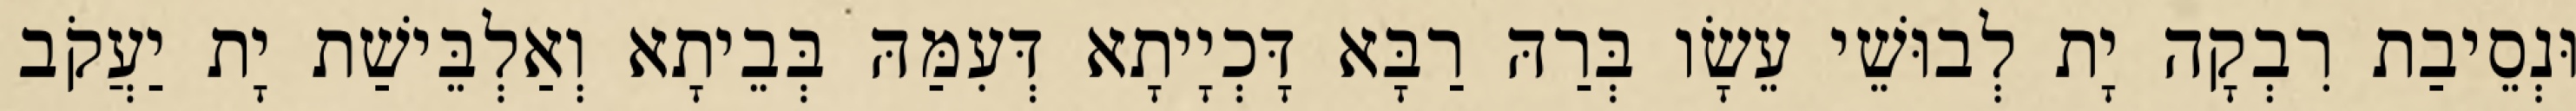
וּנְסֵיבַת רִבְקָה יָת לְבוּשֵׁי עֵשָׂו בְּרַהּ רַבָּא דָּכְיָיתָא דְּעִמַּהּ בְּבֵיתָא וְאַלְבֵּישַׁת יָת יַעֲקֹב